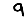
Digit: 9